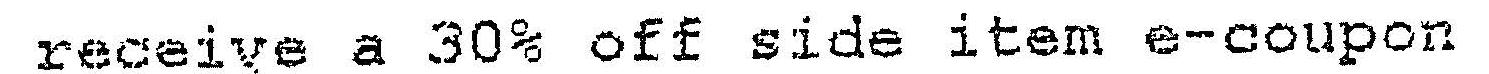
RECEIVE A 30% OFF SIDE ITEM E-COUPON